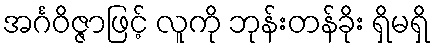
အင်္ဂဝိဇ္ဇာဖြင့် လူကို ဘုန်းတန်ခိုး ရှိမရှိ